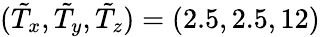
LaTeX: (\tilde{T}_{x},\tilde{T}_{y},\tilde{T}_{z})=(2.5,2.5,12)